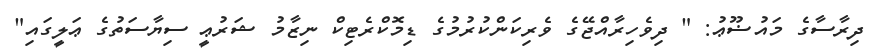
ދިރާސާގެ މައުޟޫޢު: " ދިވެހިރާއްޖޭގެ ވެރިކަންކުރުމުގެ ޑިމޮކްރެޓިކް ނިޒާމު ޝަރުޢީ ސިޔާސަތުގެ ޢަލީގައި"